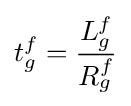
t_{g}^{f}={\frac {L_{g}^{f}}{R_{g}^{f}}}